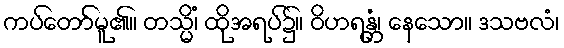
ကပ်တော်မူ၏။ တသ္မိံ၊ ထိုအရပ်၌။ ဝိဟရန္တံ၊ နေသော။ ဒသဗလံ၊